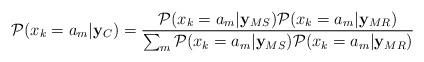
\begin{align*} \mathcal{P}(x_k = a_m|{\bf y}_{C}) = \frac{\mathcal{P}(x_k = a_m |{\bf y}_{MS})\mathcal{P}(x_k = a_m|{\bf y}_{MR})}{\sum_{m}\mathcal{P}(x_k = a_m|{\bf y}_{MS})\mathcal{P}(x_k = a_m|{\bf y}_{MR})}\end{align*}